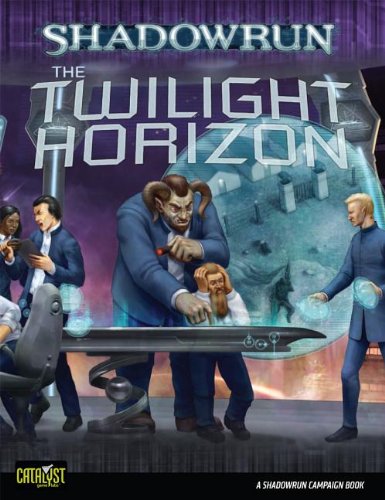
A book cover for Shadowrun Twilight Horizon (Shadowrun (Catalyst)); Catalyst Game Labs; Science Fiction & Fantasy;